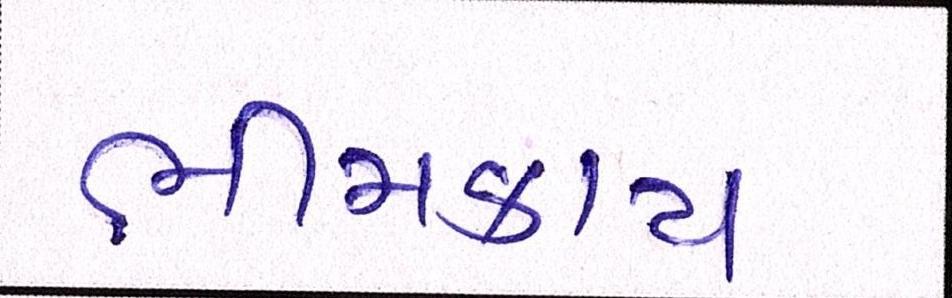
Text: ભીમકાય